Lunatic asylums United Provinces 1909-1921 - 1909-1921
Year: 1909
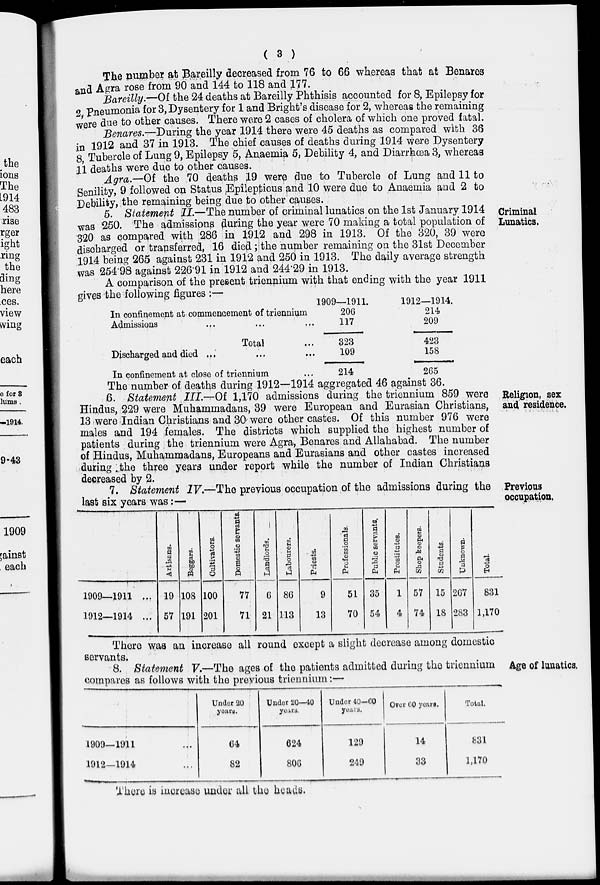
( 3 )
The number at Bareilly decreased from 76 to 66 whereas that at Benares
and Agra rose from 90 and 144 to 118 and 177.
Bareilly.—Of the 24 deaths at Bareilly Phthisis accounted for 8, Epilepsy for
2, Pneumonia for 3, Dysentery for 1 and Bright's disease for 2, whereas the remaining
were due to other causes. There were 2 cases of cholera of which one proved fatal.
Benares.—During the year 1914 there were 45 deaths as compared with 36
in 1912 and 37 in 1913. The chief causes of deaths during 1914 were Dysentery
8, Tubercle of Lung 9, Epilepsy 5, Anaemia 5, Debility 4, and Diarrhœa 3, whereas
11 deaths were due to other causes.
Agra.—Of the 70 deaths 19 were due to Tubercle of Lung and 11 to
Senility, 9 followed on Status Epilepticus and 10 were due to Anaemia and 2 to
Debility, the remaining being due to other causes.
Criminal
Lunatics.
5. Statement II.—The number of criminal lunatics on the 1st January 1914
was 250. The admissions during the year were 70 making a total population of
320 as compared with 286 in 1912 and 298 in 1913. Of the 320, 39 were
discharged or transferred, 16 died ; the number remaining on the 31st December
1914 being 265 against 231 in 1912 and 250 in 1913. The daily average strength
was 254.98 against 226.91 in 1912 and 244.29 in 1913.
A comparison of the present triennium with that ending with the year 1911
gives the following figures :—
In confinement at commencement of triennium
Admissions ... ... ...
Total ...
Discharged and died ... ... ...
In confinement at close of triennium ...
1909—1911.
206
117
323
109
214
1912—1914.
214
209
423
158
265
Religion, sex
and residence.
The number of deaths during 1912—1914 aggregated 46 against 36.
6. Statement III.—Of 1,170 admissions during the triennium 859 were
Hindus, 229 were Muhammadans, 39 were European and Eurasian Christians,
13 were Indian Christians and 30 were other castes. Of this number 976 were
males and 194 females. The districts which supplied the highest number of
patients during the triennium were Agra, Benares and Allahabad. The number
of Hindus, Muhammadans, Europeans and Eurasians and other castes increased
during the three years under report while the number of Indian Christians
decreased by 2.
Previous
occupation.
7. Statement IV.—The previous occupation of the admissions during the
last six years was:—
1909—1911 ...
1912—1914 ...
Artisans.
19
57
Beggars.
108
191
Cultivators.
100
201
Domestic servants.
77
71
Landlords. __
6
21
Labourers.
86
113
Priests.
9
13
Professionals.
51
70
Public servants.
35
54
Prostitutes.
1
4
Shop keepers.
57
74
Students.
15
18
Unknown.
267
283
Total.
831
1,170
There was an increase all round except a slight decrease among domestic
servants.
Age of lunatics.
8. Statement V.—The ages of the patients admitted during the triennium
compares as follows with the previous triennium:—
1909—1911
1912—1914
Under 20
years.
64
82
Under 20—40
years.
624
806
Under 40—60
years.
129
249
Over 60 years.
14
33
Total.
831
1,170
There is increase under all the heads.